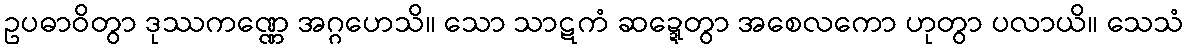
ဥပဓာဝိတွာ ဒုဿကဏ္ဏေ အဂ္ဂဟေသိ။ သော သာဋကံ ဆဍ္ဍေတွာ အစေလကော ဟုတွာ ပလာယိ။ သေသံ